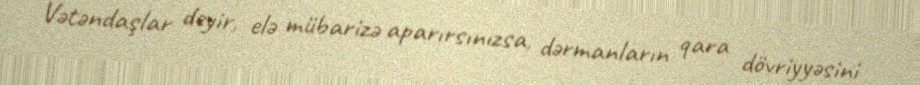
Vətəndaşlar deyir, elə mübarizə aparırsınızsa, dərmanların qara dövriyyəsini